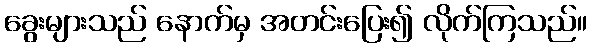
ခွေးများသည် နောက်မှ အတင်းပြေး၍ လိုက်ကြသည်။